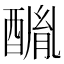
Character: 𨢂